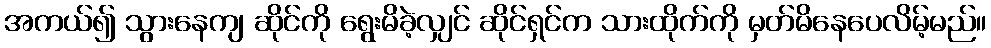
အကယ်၍ သွားနေကျ ဆိုင်ကို ရွေးမိခဲ့လျှင် ဆိုင်ရှင်က သားထိုက်ကို မှတ်မိနေပေလိမ့်မည်။